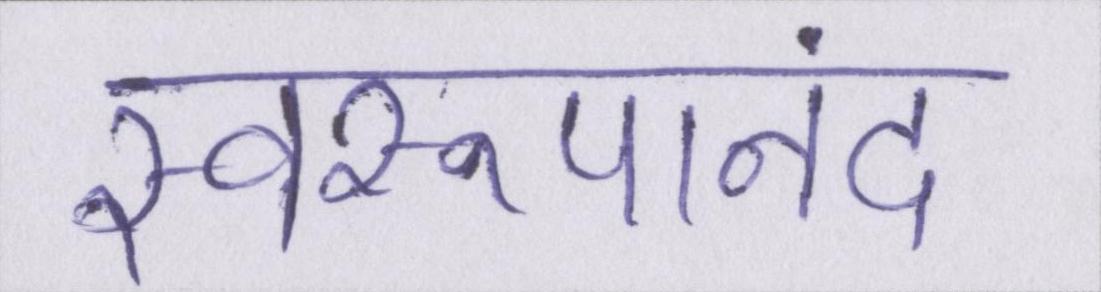
स्वरूपानंद